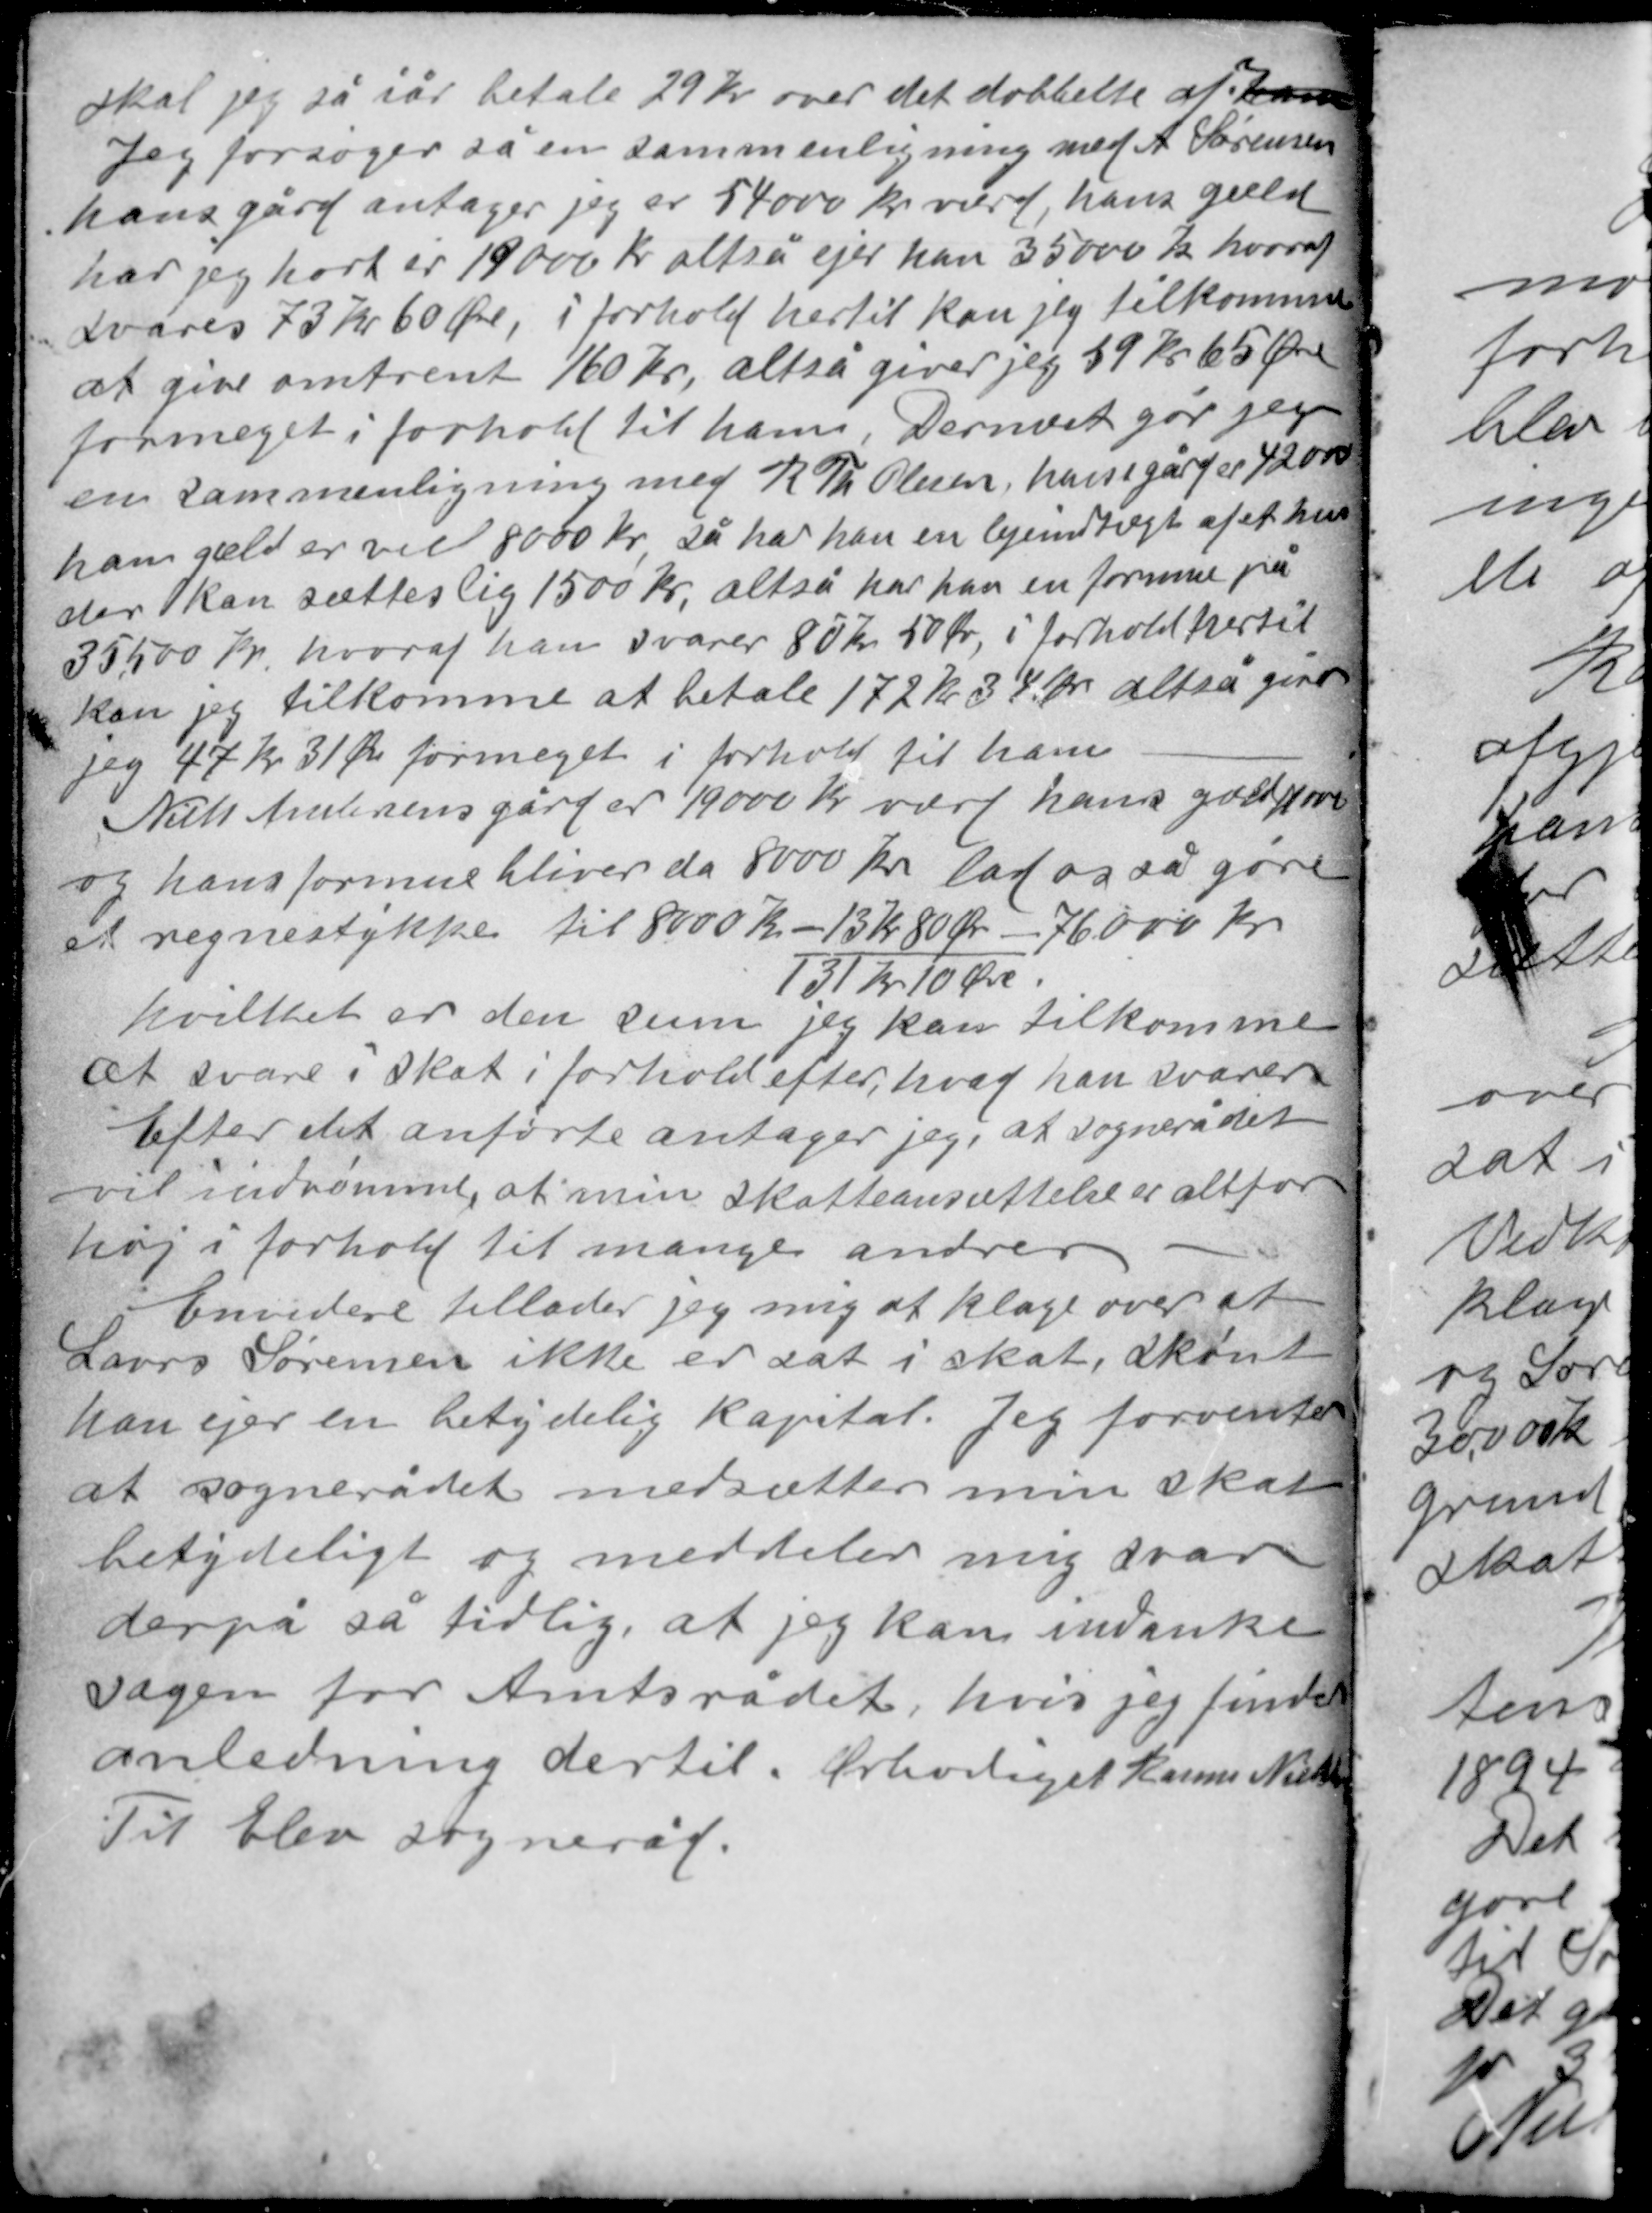
Transskription:
skal jeg så i år betale 29 kr over det dobbelte af ham
Jeg forsøger så en sammenligning med A Sørensen
hans gård antager jeg er 54000 kr værd, hans gæld
har jeg hørt er 19000 kr altså ejer han 35000 kr hvoraf
svares 73 Kr 60 Øre, i forhold hertil kan jeg tilkomme
at give omtrent 160 kr, altså giver jeg 59 kr 65 Øre
formeget i forhold til ham. Dernæst gør jeg
en sammenligning med R Th Olesen, hans gård er 42000
hans gæld er vel 8000 kr, så har han en lejeindtægt af et hus
der kan sættes lig 1500 kr, altså har han en formue på
35.500 kr, hvoraf han svarer 80 kr 50 Øre, i forhold hertil
kan jeg tilkomme at betale 172 kr 34 Øre altså giver

jeg 47 kr 31 Øre formeget i forhold til ham.
Niels Andersens gård er 19000 kr værd hans gæld 11000
og hans formue bliver da 8000 kr lad os så gøre
et regnestykke til 8000 kr - 13 kr 80 Øre - 76000 kr
131 kr 10 Øre
hvilket er den sum jeg kan tilkomme
at svare i skat i forhold efter hvad han svarer
Efter det anførte antager jeg, at sognerådet
vil indrømme, at min skatteansættelse er altfor
høj i forhold til mange andre

Envidere tillader jeg mig at klage over at
Laurs Sørensen ikke er sat i skat, skønt
han ejer en betydelig kapital. Jeg forventer
at sognerådet nedsætter min skat
betydeligt og meddeler mig svar
derpå så tidlig, at jeg kan indanke
sagen for Amtsrådet, hvis jeg finder
anledning dertil. Ærbødigst Rasmus Nielsen
Til Elev sogneråd